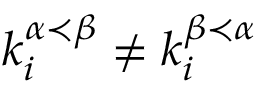
k _ { i } ^ { \alpha \prec \beta } \neq k _ { i } ^ { \beta \prec \alpha }